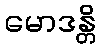
မောဒန္တိ